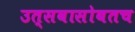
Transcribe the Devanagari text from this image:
उत्सवासोबतच